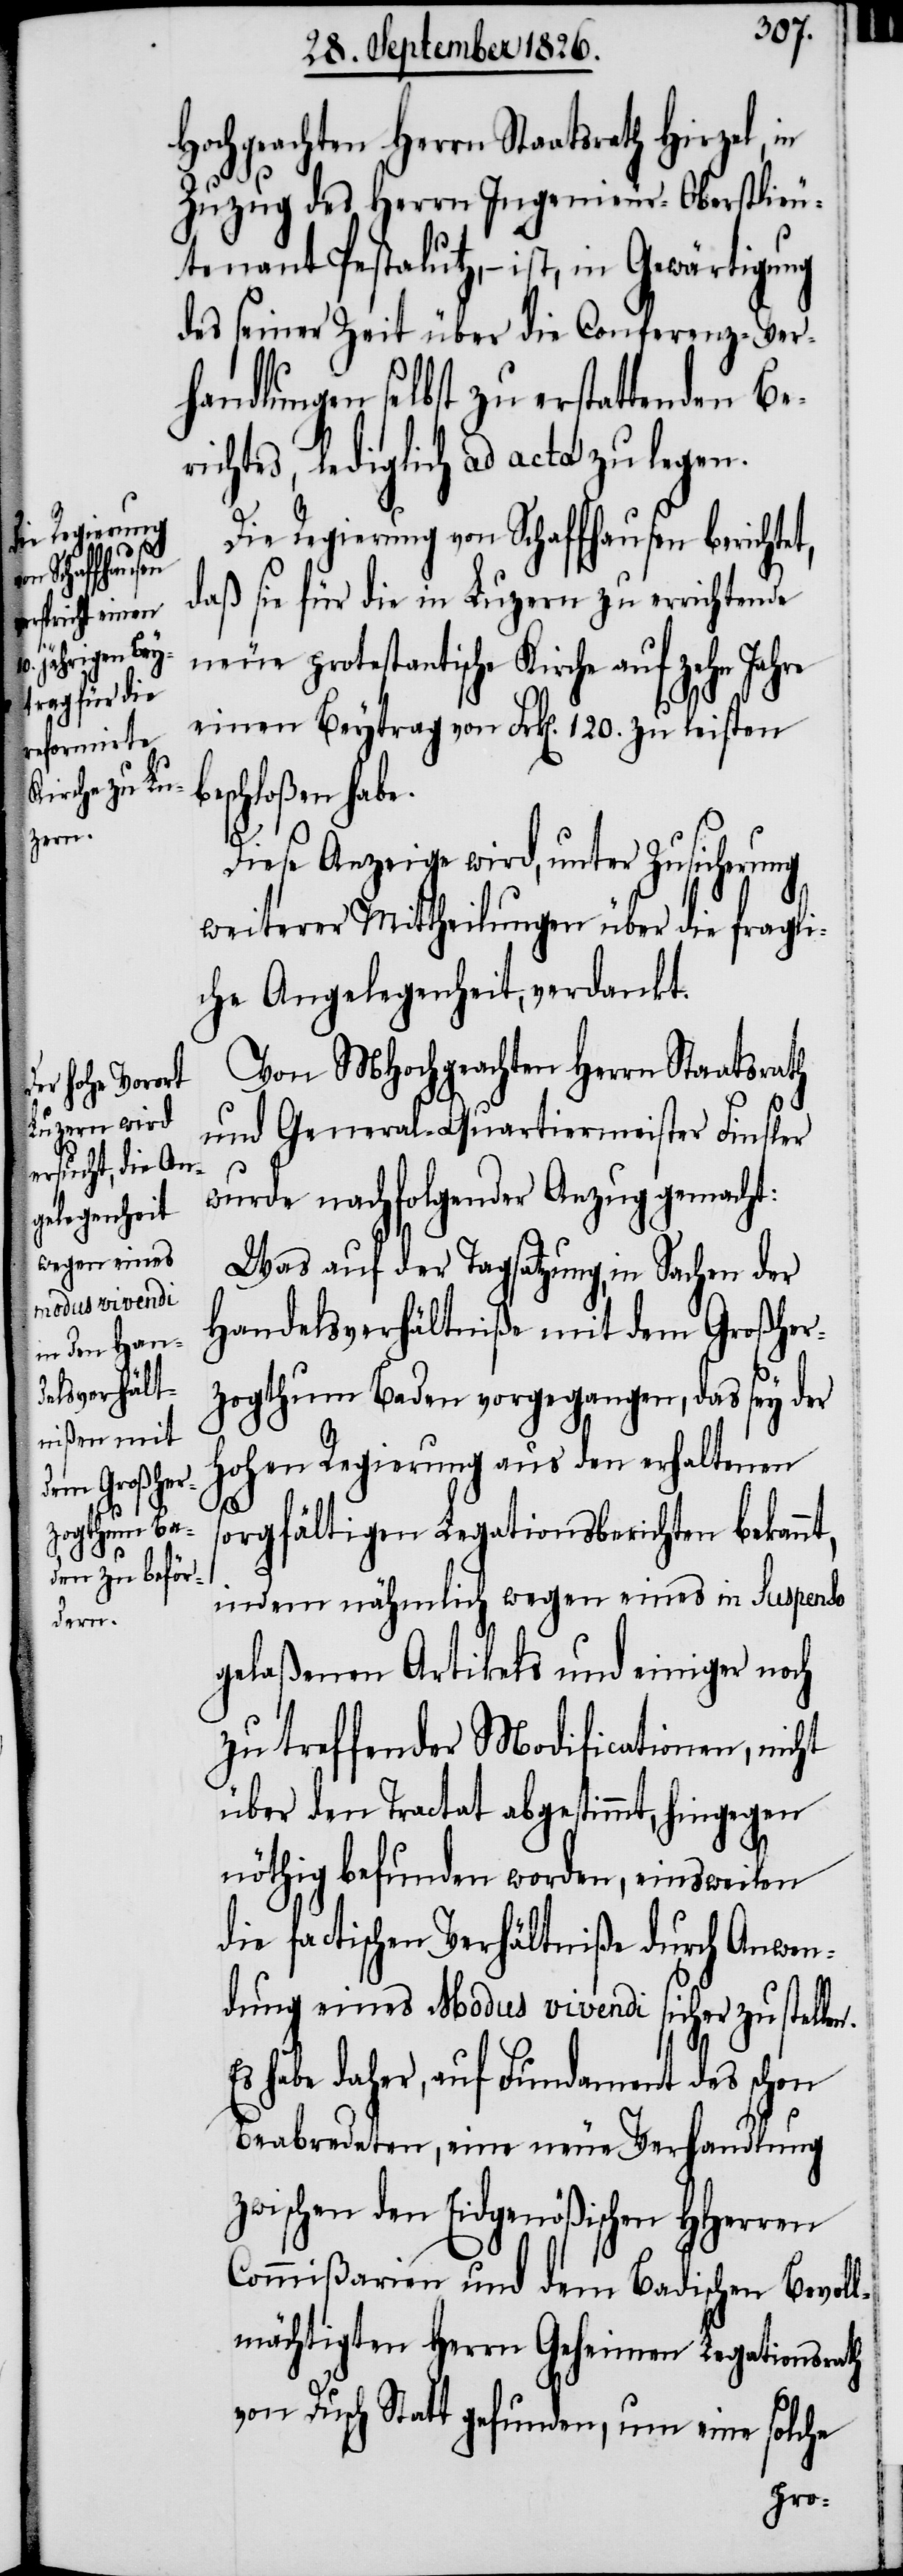
e.
n.

Hochgeachten Herrn Staatsrath Hirzel, in
Zuzug des Herrn Ingenieur-Oberstlieu¬
tenant Pestalutz, – ist in Gewärtigung
des seiner Zeit über die Conferenz-Ver¬
handlungen selbst zu erstattenden Be¬
richtes, lediglich ad acta zu legen.
Die Regierung von Schaffhausen berichtet,
daß sie für die in Luzern zu errichtende
neue protestantische Kirche auf zehn Jahre
einen Beytrag von Frk[en]. 120. zu leisten
eschloßen hab¬
Diese Anzeige wird, unter Zusicherung
weiterer Mittheilungen über die fragli¬
che Angelegenheit, verdankt.
Von MHochgeachten Herrn Staatsrath
und General-Quartiermeister Finsler
wurde nachfolgender Anzug gemacht:
Was auf der Tagsatzung, in Sachen der
Handelsverhältniße mit dem Großher¬
zogthum Baden vorgegangen, das sey der
hohen Regierung aus den erhaltenen
sorgfältigen Legationsberichten bekann¬
indem nähmlich wegen eines in Suspenso
gelaßenen Artikels und einiger noch
zu treffender Modificationen, nicht
über den Tractat abgestimmt, hingegen
nöthig befunden worden, einsweilen
die factischen Verhältniße durch Anwen¬
dung eines Modus vivendi sicher zu stelle¬
Es habe daher, auf Fundament des schon
Beabredeten, eine neue Verhandlung
zwischen den Eidgenößischen HHerren
Commißarien und dem Badischen Bevoll¬
mächtigten Herrn Geheimen Legationsrath
von Dusch Statt gefunden, um eine solche